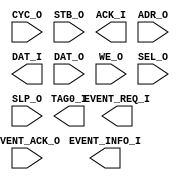
module black_box(
    // WISHBONE external bus signal
        CYC_O, STB_O, ACK_I,
        ADR_O, DAT_I, DAT_O,
        WE_O, SEL_O,
        TAG0_I,
    // Exception
        EVENT_REQ_I,
        EVENT_ACK_O, 
        EVENT_INFO_I,
    // SLEPP
        SLP_O
        );

    input CYC_O;         // cycle input
    input STB_O;         // strobe
    output  ACK_I;         // external memory ready
    input [31:0] ADR_O;  // external address
    output  [31:0] DAT_I;  // external data read bus
    input [31:0] DAT_O;  // external data write bus
    input WE_O;          // external write/read
    input [3:0] SEL_O;   // external valid data position
    output  TAG0_I;        // external fetch space width (IF_WIDTH)
    // Hardware Exception Event
    output  [2:0] EVENT_REQ_I;   // Hardware Exception Event Request
    input EVENT_ACK_O;         // Hardware Exception Event Acknowledge
    output  [11:0] EVENT_INFO_I; // Hardware Exception Event Information
    // SLEEP
    input SLP_O;         // SLEEP input
 
endmodule